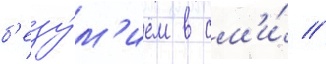
б'езу́м'ием в см'и́ //